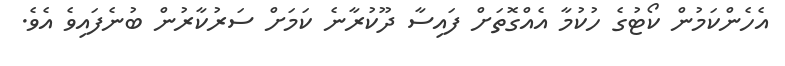
އެހެންކަމުން ކޯޓުގެ ހުކުމާ އެއްގޮތަށް ފައިސާ ދޫކުރާނެ ކަމަށް ސަރުކާރުން ބުނެފައިވެ އެވެ.